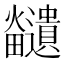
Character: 𪺊